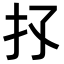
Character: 𢩴